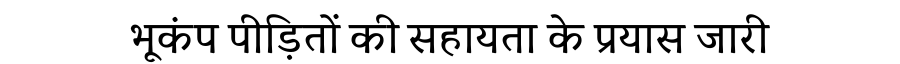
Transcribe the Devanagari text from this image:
भूकंप पीड़ितों की सहायता के प्रयास जारी